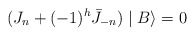
\begin{align*}(J_n+(-1)^h\bar{J}_{-n})\mid B\rangle=0\end{align*}